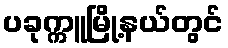
ပခုက္ကူမြို့နယ်တွင်